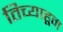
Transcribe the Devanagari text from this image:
तिच्याहून